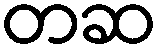
တဆ